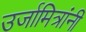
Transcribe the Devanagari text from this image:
उर्जामित्रांनी